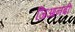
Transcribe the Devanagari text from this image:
जिआनबी